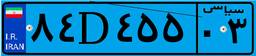
۱۲D۶۱۵۳۸